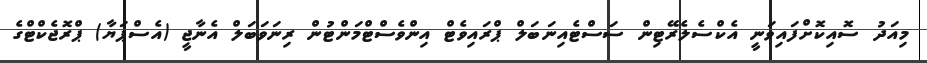
މިއަދު ސޮއިކޮށްފައިވަނީ އެކްސެލެރޭޓިން ސަސްޓެއިނަބަލް ޕްރައިވެޓް އިންވެސްޓްމަންޓުން ރިނަވަބަލް އެނާޖީ (އެސްޕަޔާ) ޕްރޮޖެކްޓްގެ